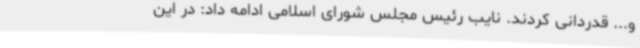
و... قدردانی کردند. نایب رئیس مجلس شورای اسلامی ادامه داد: در این